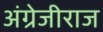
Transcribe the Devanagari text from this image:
अंग्रेजीराज